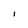
Character: l